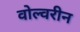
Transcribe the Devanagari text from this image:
वोल्वरीन